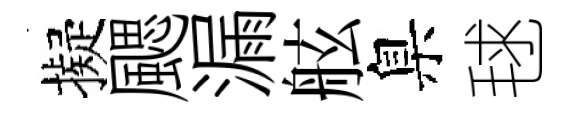
擬颸漏舷臬毬